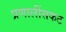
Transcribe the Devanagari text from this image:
प्रणालींसकट